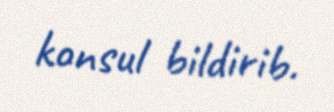
konsul bildirib.